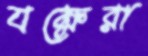
যক্ষেরা